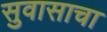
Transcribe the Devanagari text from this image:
सुवासाचा